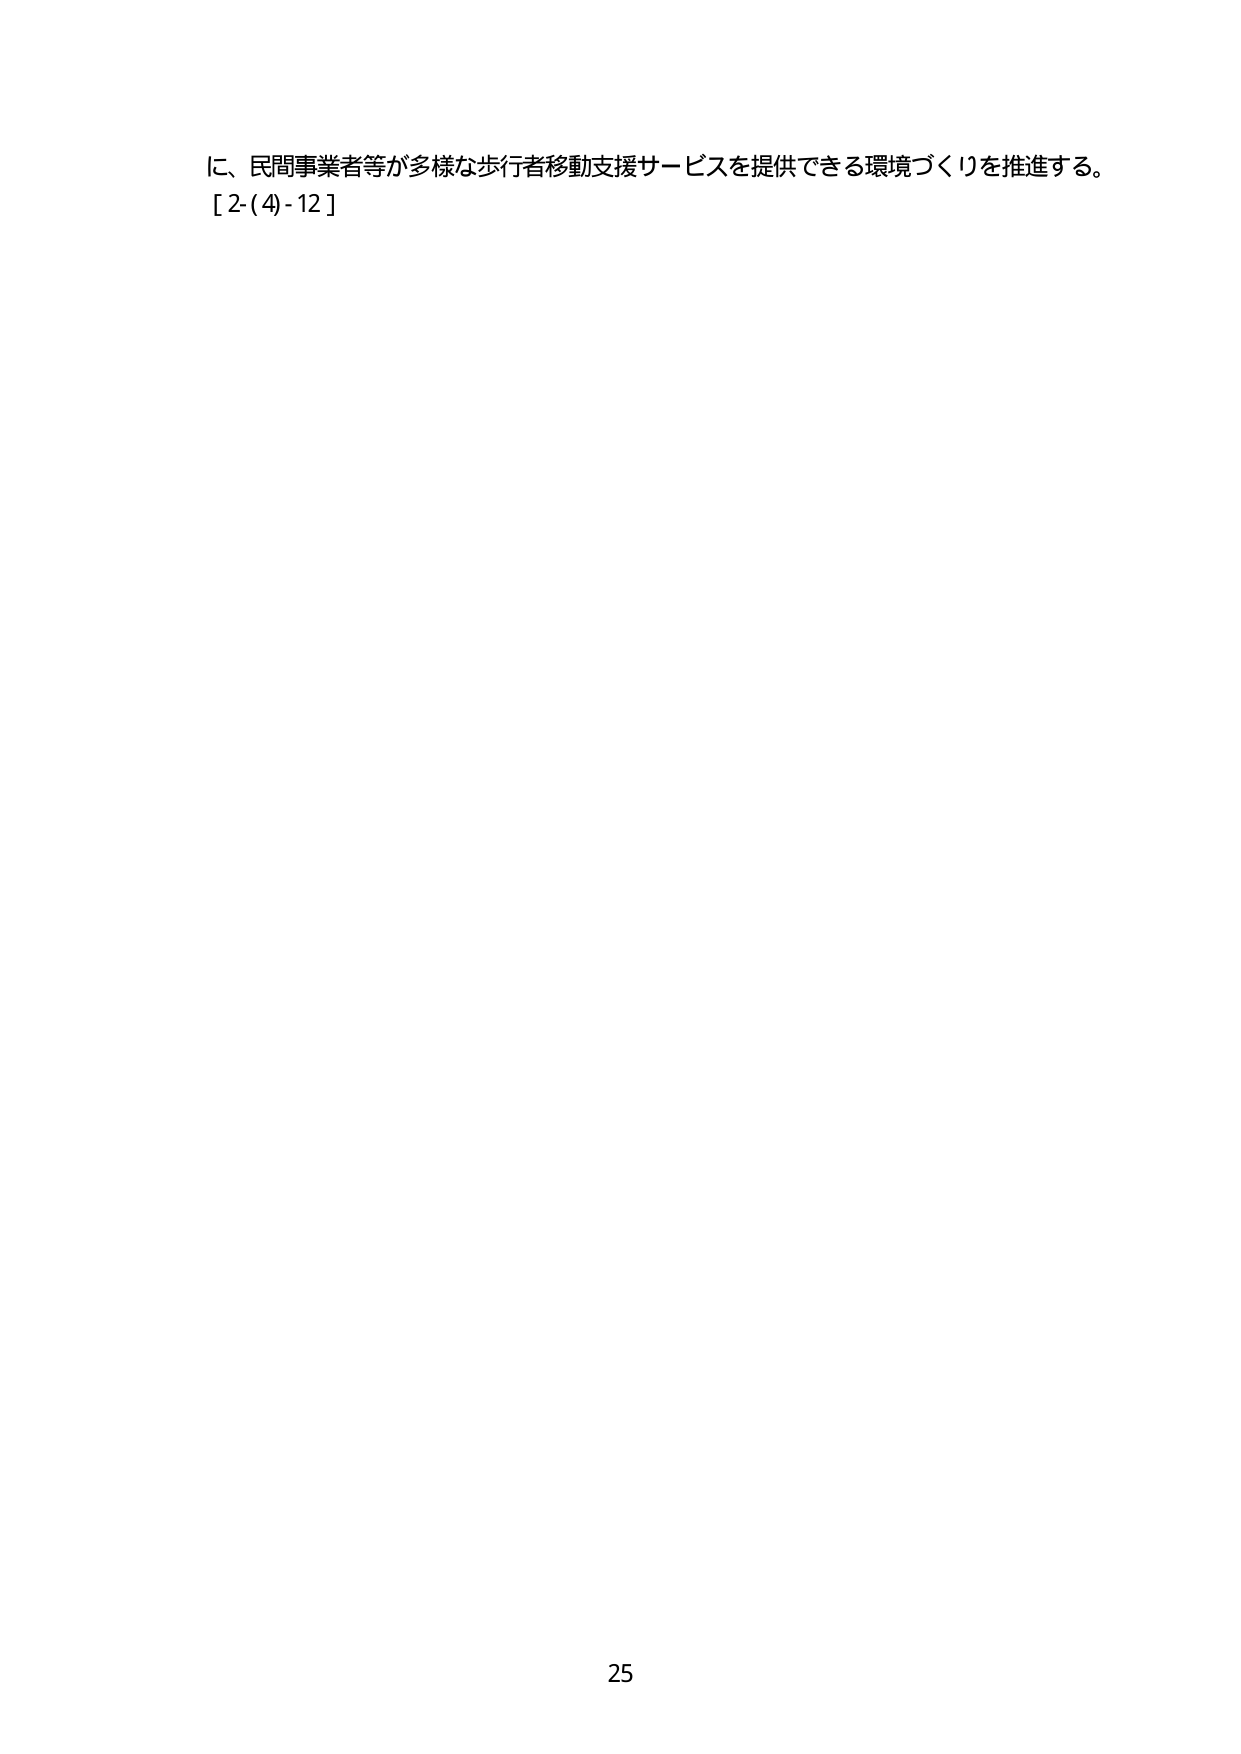
に、民間事業者等が多様な歩行者移動支援サービスを提供できる環境づくりを推進する。
[ 2-(4)-12 ]

25